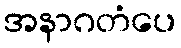
အနာဂတံပေ